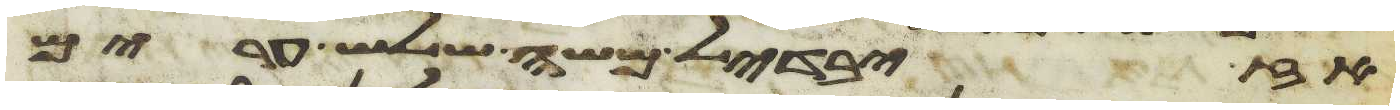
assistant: אז יבדיל משה שלש ערים